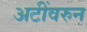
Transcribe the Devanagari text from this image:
अटींवरुन